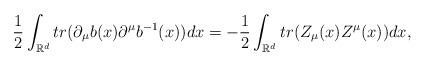
LaTeX: \begin{align*}\frac 12\int_{\mathbb{R}^d}tr(\partial_\mu b(x)\partial^\mu b^{-1}(x))dx=-\frac12\int_{\mathbb{R}^d}tr(Z_\mu (x)Z^\mu(x))dx,\end{align*}